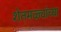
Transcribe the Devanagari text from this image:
शेतमळ्यांच्या